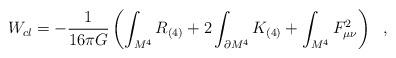
LaTeX: \begin{align*}W_{cl}=-{1\over 16\pi G}\left(\int_{M^4}R_{(4)}+2\int_{\partial M^4}K_{(4)}+\int_{M^4} F^2_{\mu\nu}\right)~~,\end{align*}